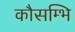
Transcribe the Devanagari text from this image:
कौसम्भि